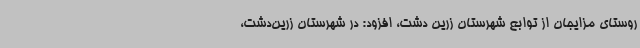
روستای مزایجان از توابع شهرستان زرین دشت، افزود: در شهرستان زرین‌دشت،